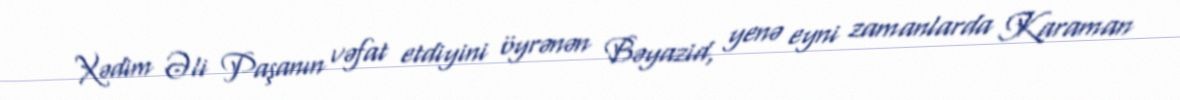
Xədim Əli Paşanın vəfat etdiyini öyrənən Bəyazid, yenə eyni zamanlarda Karaman